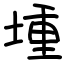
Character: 堹